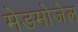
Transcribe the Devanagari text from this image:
मेडमोजेल